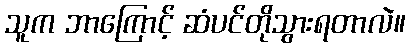
သူက ဘာကြောင့် ဆံပင်တိုသွားရတာလဲ။